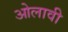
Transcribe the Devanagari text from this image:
ओलावी